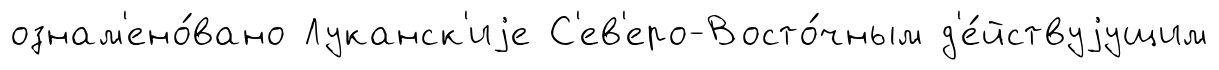
ознам'ено́вано Луканск'иjе С'ев'еро-Восто́чным д'е́йствуjущим